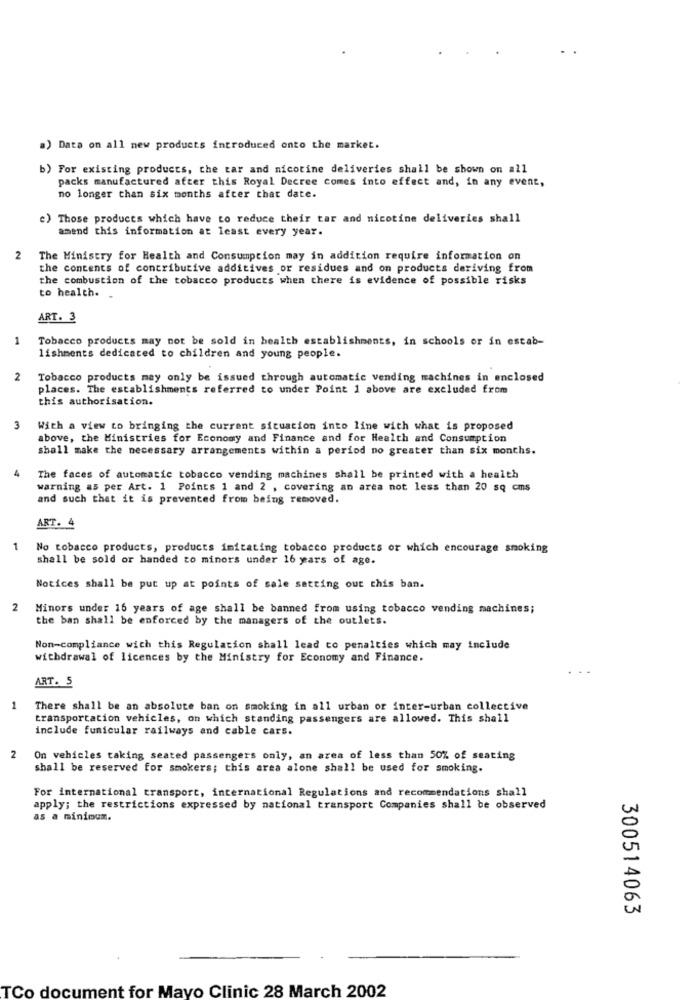
a) Data on all new products introduced onto the market.
b) For existing products, the tar and nicotine deliveries shall be shown on all
packs manufactured after this Royal Decree comes into effect and, in any event,
no longer than six months after that date.
e) Those products which have to reduce their tar and nicotine deliveries shall
amend this information at least every year.
2
The Ministry for Health and Consumption may in addition require information on
the contents of contributive additives or residues and on products deriving from
the combustion of the tobacco products when there is evidence of possible risks
to health.
ART. 3
1
Tobacco products may not be sold in health establishments, in schools or in estab-
lishments dedicated to children and young people.
2
Tobacco products may only be issued through automatic vending machines in enclosed
places. The establishments referred to under Point 1 above are excluded from
this authorisation.
3
With a view to bringing the current situation into line with what is proposed
above, the Ministries for Economy and Finance and for Health and Consumption
shall make the necessary arrangements within a period no greater than six months.
The faces of automatic tobacco vending machines shall be printed with a health
warning as per Art. 1 Points 1 and 2 , covering an area not less than 20 sq cms
and such that it is prevented from being removed.
ART. 4
1
No tobacco products, products imitating tobacco products or which encourage smoking
shall be sold or handed to minors under 16 years of age.
Notices shall be put up at points of sale setting out this ban.
2
Minors under 16 years of age shall be banned from using tobacco vending machines;
the ban shall be enforced by the managers of the outlets.
Non-compliance with this Regulation shall lead co penalties which may include
withdrawal of licences by the Ministry for Economy and Finance.
ART. 5
1
There shall be an absolute ban on smoking in all urban or inter-urban collective
transportation vehicles, on which standing passengers are allowed. This shall
include funicular railways and cable cars.
2
On vehicles taking seated passengers only, an area of less than 50% of seating
shall be reserved for smokers; this area alone shall be used for smoking.
For international transport, international Regulations and recommendations shall
apply; the restrictions expressed by national transport Companies shall be observed
as a minimum.
300514063
TCo document for Mayo Clinic 28 March 2002